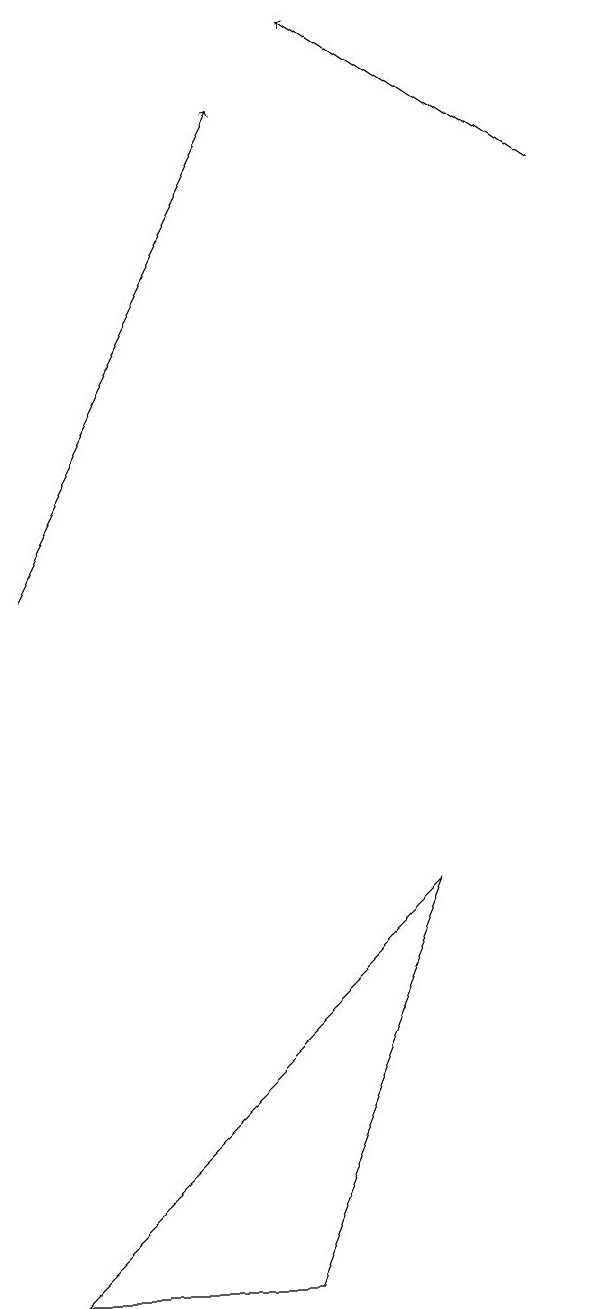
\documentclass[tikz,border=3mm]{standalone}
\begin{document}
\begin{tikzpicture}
\draw (4,1) -- (6,6) -- (1,1) -- cycle;
\draw[->] (1,10) -- (4,16);
\draw[->] (8,15) -- (5,17);
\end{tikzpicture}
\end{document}